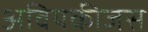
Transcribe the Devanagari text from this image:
अवियकीजस